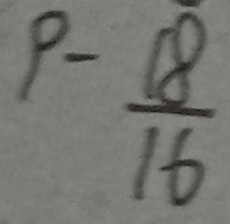
9 - \frac { 1 8 } { 1 6 }